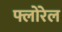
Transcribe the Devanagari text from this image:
फ्लोरेल